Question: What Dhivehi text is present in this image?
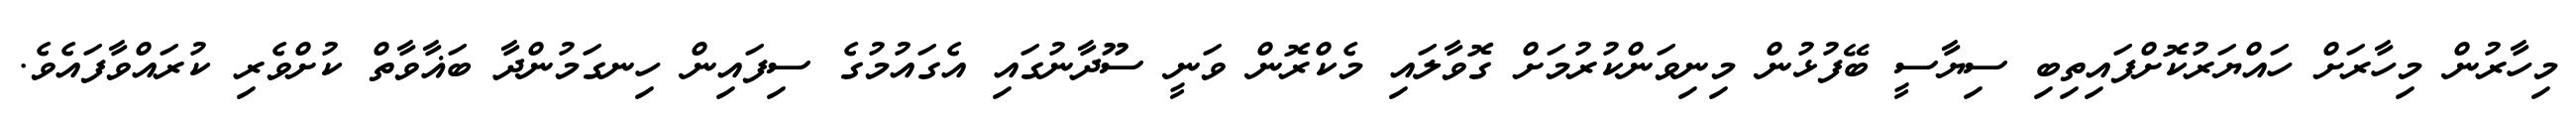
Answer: މިހާރުން މިހާރަށް ހައްޔަރުކޮށްފައިތިބި ސިޔާސީ ބޭފުޅުން މިނިވަންކުރުމަށް ގޮވާލައި މެކްރޮން ވަނީ ސޫދާނުގައި އެގައުމުގެ ސިފައިން ހިނގަމުންދާ ބަޣާވާތް ކުށްވެރި ކުރައްވާފައެވެ.